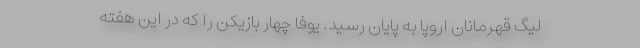
لیگ قهرمانان اروپا به پایان رسید. یوفا چهار بازیکن را که در این هفته